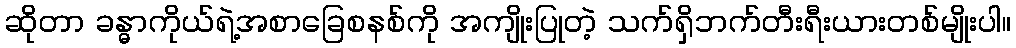
ဆိုတာ ခန္ဓာကိုယ်ရဲ့အစာခြေစနစ်ကို အကျိုးပြုတဲ့ သက်ရှိဘက်တီးရီးယားတစ်မျိုးပါ။